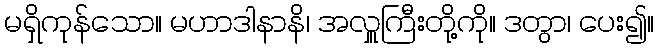
မရှိကုန်သော။ မဟာဒါနာနိ၊ အလှူကြီးတို့ကို။ ဒတွာ၊ ပေး၍။